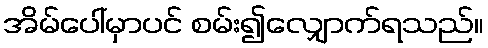
အိမ်ပေါ်မှာပင် စမ်း၍လျှောက်ရသည်။